Annual report of the Punjab Veterinary College and of the Civil Veterinary Department, Punjab - 1920-1925
Year: 1920
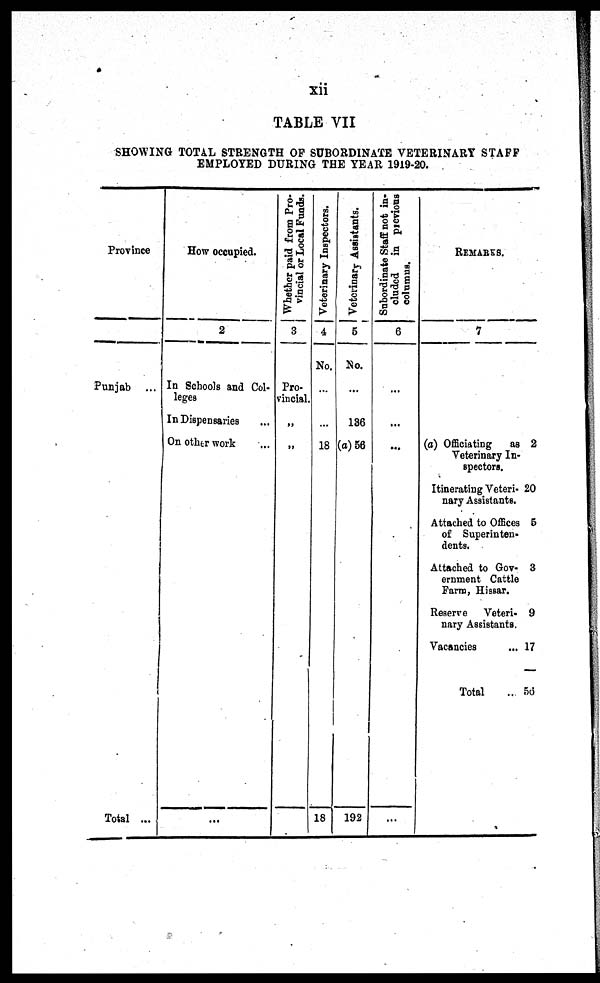
xii
TABLE VII
SHOWING TOTAL STRENGTH OF SUBORDINATE VETERINARY STAFF
EMPLOYED DURING T H E YEAR 1919-20.
Provi nce
Punjab ...
Total ...
H o w occupi ed.
2
In School s and Col -
leges
In Di spensari es ...
O n other work ...
...
Whether paid from Pro-
vincial or Local Funds.
3
Pro-
vincial.
„
„
Veterinary Inspectors.
4
No.
...
...
18
18
Veterinary Assistants.
5
No.
...
186
(a) 56
192
Subordinate Staff not in-
cluded in previons
columns.
6
...
...
...
...
REMARKS.
7
(a) Offi ci ati ng as
Veteri nary In-
spectors.
Itinerating Veteri-
nary Assistants.
Attached to Offi ces
of Superi nten-
dents.
Attached to Gov
emi nent Cattl e
Farm, Hissar.
Reserve Veteri -
nary Assistants.
Vacanci es ...
Total ..
2
20
5
3
9
17
56